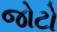
જોટો